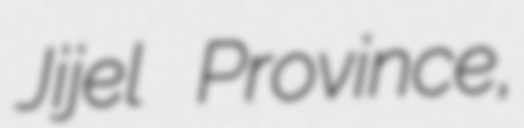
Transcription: Jijel Province,